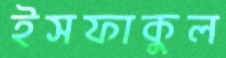
ইসফাকুল